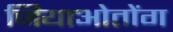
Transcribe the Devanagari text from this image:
जियाओतोंग